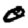
Digit: 0